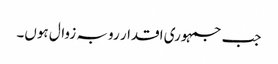
جب جمہوری اقدار رو بہ زوال ہوں۔